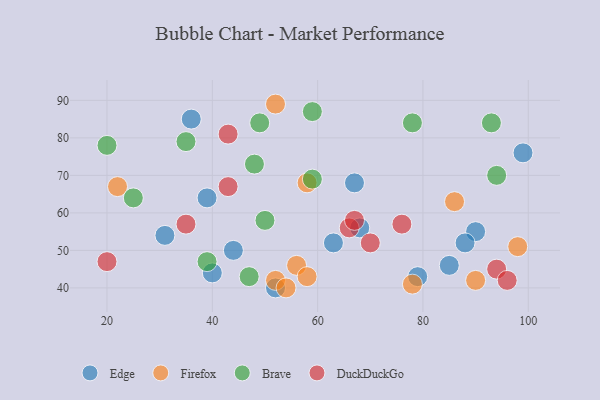
{"axis": {"x": "GDP", "y": "Life Expectancy"}, "legend": ["Brave", "DuckDuckGo", "Edge", "Firefox"], "data": [{"x": "67", "y": 68, "type": "Edge"}, {"x": "52", "y": 40, "type": "Edge"}, {"x": "68", "y": 56, "type": "Edge"}, {"x": "90", "y": 55, "type": "Edge"}, {"x": "79", "y": 43, "type": "Edge"}, {"x": "85", "y": 46, "type": "Edge"}, {"x": "44", "y": 50, "type": "Edge"}, {"x": "63", "y": 52, "type": "Edge"}, {"x": "40", "y": 44, "type": "Edge"}, {"x": "99", "y": 76, "type": "Edge"}, {"x": "88", "y": 52, "type": "Edge"}, {"x": "39", "y": 64, "type": "Edge"}, {"x": "36", "y": 85, "type": "Edge"}, {"x": "31", "y": 54, "type": "Edge"}, {"x": "52", "y": 42, "type": "Firefox"}, {"x": "58", "y": 68, "type": "Firefox"}, {"x": "86", "y": 63, "type": "Firefox"}, {"x": "56", "y": 46, "type": "Firefox"}, {"x": "58", "y": 43, "type": "Firefox"}, {"x": "98", "y": 51, "type": "Firefox"}, {"x": "52", "y": 89, "type": "Firefox"}, {"x": "54", "y": 40, "type": "Firefox"}, {"x": "90", "y": 42, "type": "Firefox"}, {"x": "22", "y": 67, "type": "Firefox"}, {"x": "78", "y": 41, "type": "Firefox"}, {"x": "78", "y": 84, "type": "Brave"}, {"x": "25", "y": 64, "type": "Brave"}, {"x": "94", "y": 70, "type": "Brave"}, {"x": "49", "y": 84, "type": "Brave"}, {"x": "48", "y": 73, "type": "Brave"}, {"x": "59", "y": 69, "type": "Brave"}, {"x": "20", "y": 78, "type": "Brave"}, {"x": "59", "y": 87, "type": "Brave"}, {"x": "93", "y": 84, "type": "Brave"}, {"x": "50", "y": 58, "type": "Brave"}, {"x": "47", "y": 43, "type": "Brave"}, {"x": "39", "y": 47, "type": "Brave"}, {"x": "35", "y": 79, "type": "Brave"}, {"x": "76", "y": 57, "type": "DuckDuckGo"}, {"x": "66", "y": 56, "type": "DuckDuckGo"}, {"x": "94", "y": 45, "type": "DuckDuckGo"}, {"x": "67", "y": 58, "type": "DuckDuckGo"}, {"x": "35", "y": 57, "type": "DuckDuckGo"}, {"x": "96", "y": 42, "type": "DuckDuckGo"}, {"x": "70", "y": 52, "type": "DuckDuckGo"}, {"x": "43", "y": 67, "type": "DuckDuckGo"}, {"x": "20", "y": 47, "type": "DuckDuckGo"}, {"x": "43", "y": 81, "type": "DuckDuckGo"}]}